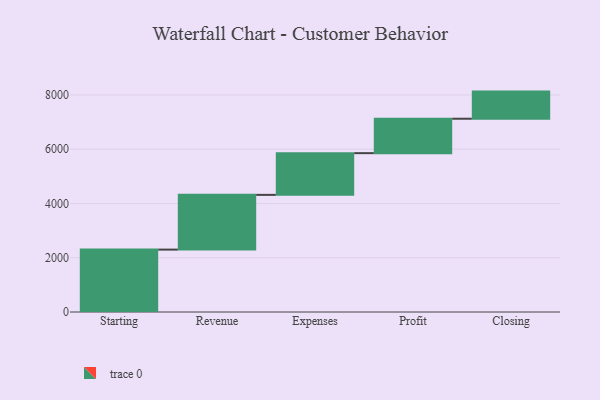
{"axis": {"x": "Step", "y": "Value"}, "legend": [""], "data": [{"x": "Starting", "y": 2300.0, "type": ""}, {"x": "Revenue", "y": 2018.0, "type": ""}, {"x": "Expenses", "y": 1538.0, "type": ""}, {"x": "Profit", "y": 1269.0, "type": ""}, {"x": "Closing", "y": 1000, "type": ""}]}